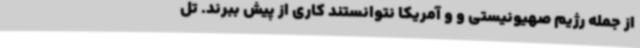
از جمله رژیم صهیونیستی و و آمریکا نتوانستند کاری از پیش ببرند. تل